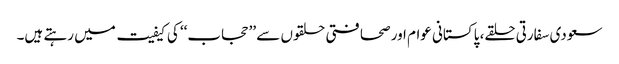
سعودی سفارتی حلقے، پاکستانی عوام اور صحافتی حلقوں سے ’’حجاب‘‘ کی کیفیت میں رہتے ہیں۔